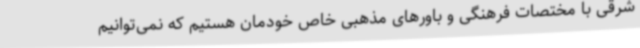
شرقی با مختصات فرهنگی و باورهای مذهبی خاص خودمان هستیم که نمی‌توانیم